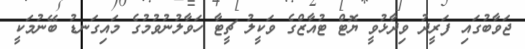
ޖަވާބުގައި ފަރީދު ވިދާޅުވީ ޔޮޓް ޓުއާޒްގެ ވަކީލު ޗީޓާ ހަވާލުނުވުމުގެ މައިގަނޑު ބޭނުމަކީ